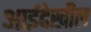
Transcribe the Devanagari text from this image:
आईदेखील